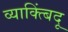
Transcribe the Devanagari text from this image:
व्याक्त्बिंदू